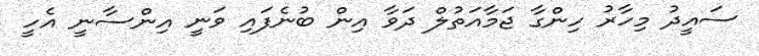
ސައީދު މިހާރު ހިންގާ ޖަމާއަތުލް ދަވާ އިން ބުނެފައި ވަނީ އިންސާނީ އެހީ